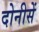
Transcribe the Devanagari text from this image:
दोनीसें